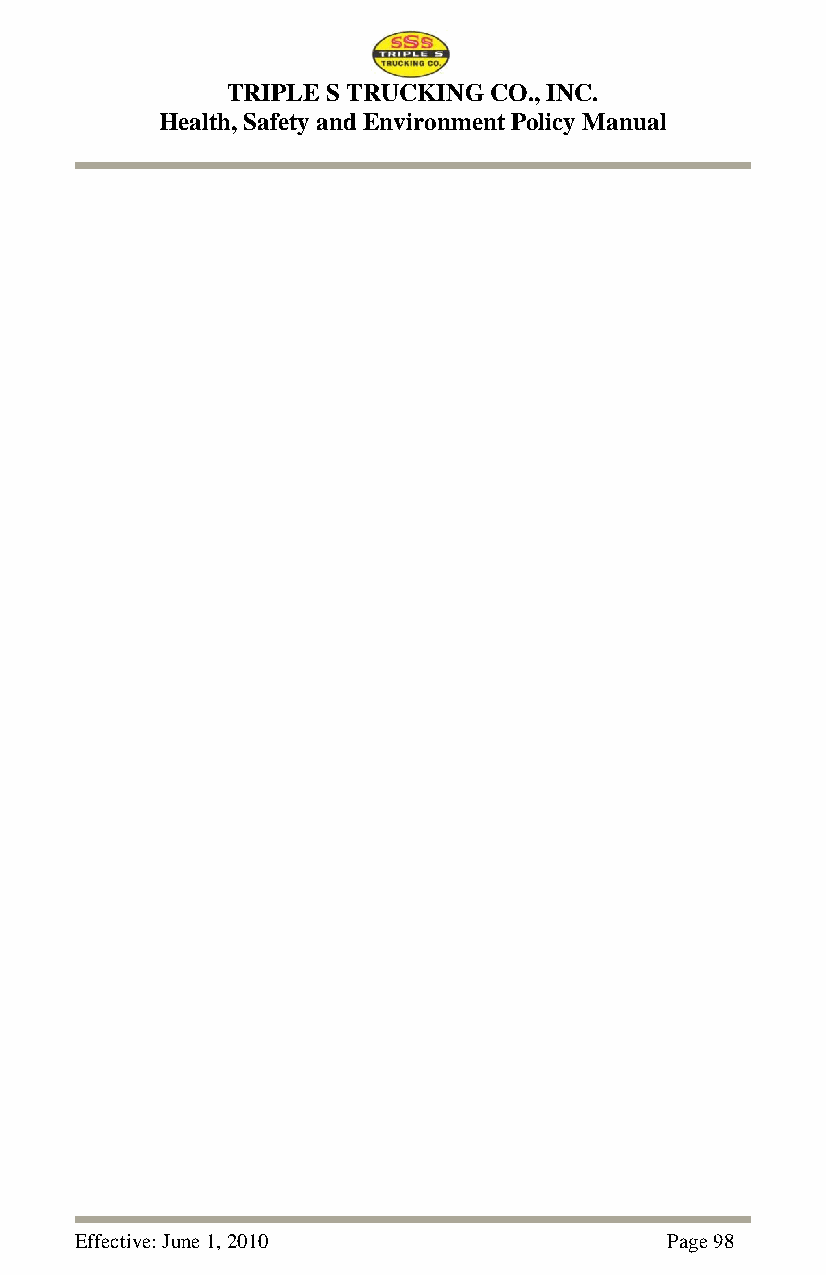
TRIPLE S TRUCKING CO., INC.
 Health, Safety and Environment Policy Manual
 Effective: June 1, 2010                Page 98